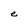
Character: e